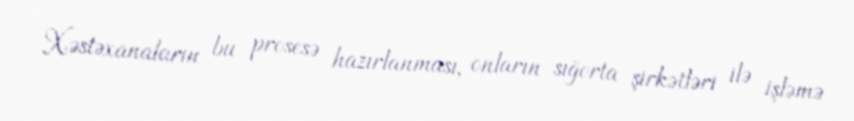
Xəstəxanaların bu prosesə hazırlanması, onların sığorta şirkətləri ilə işləmə